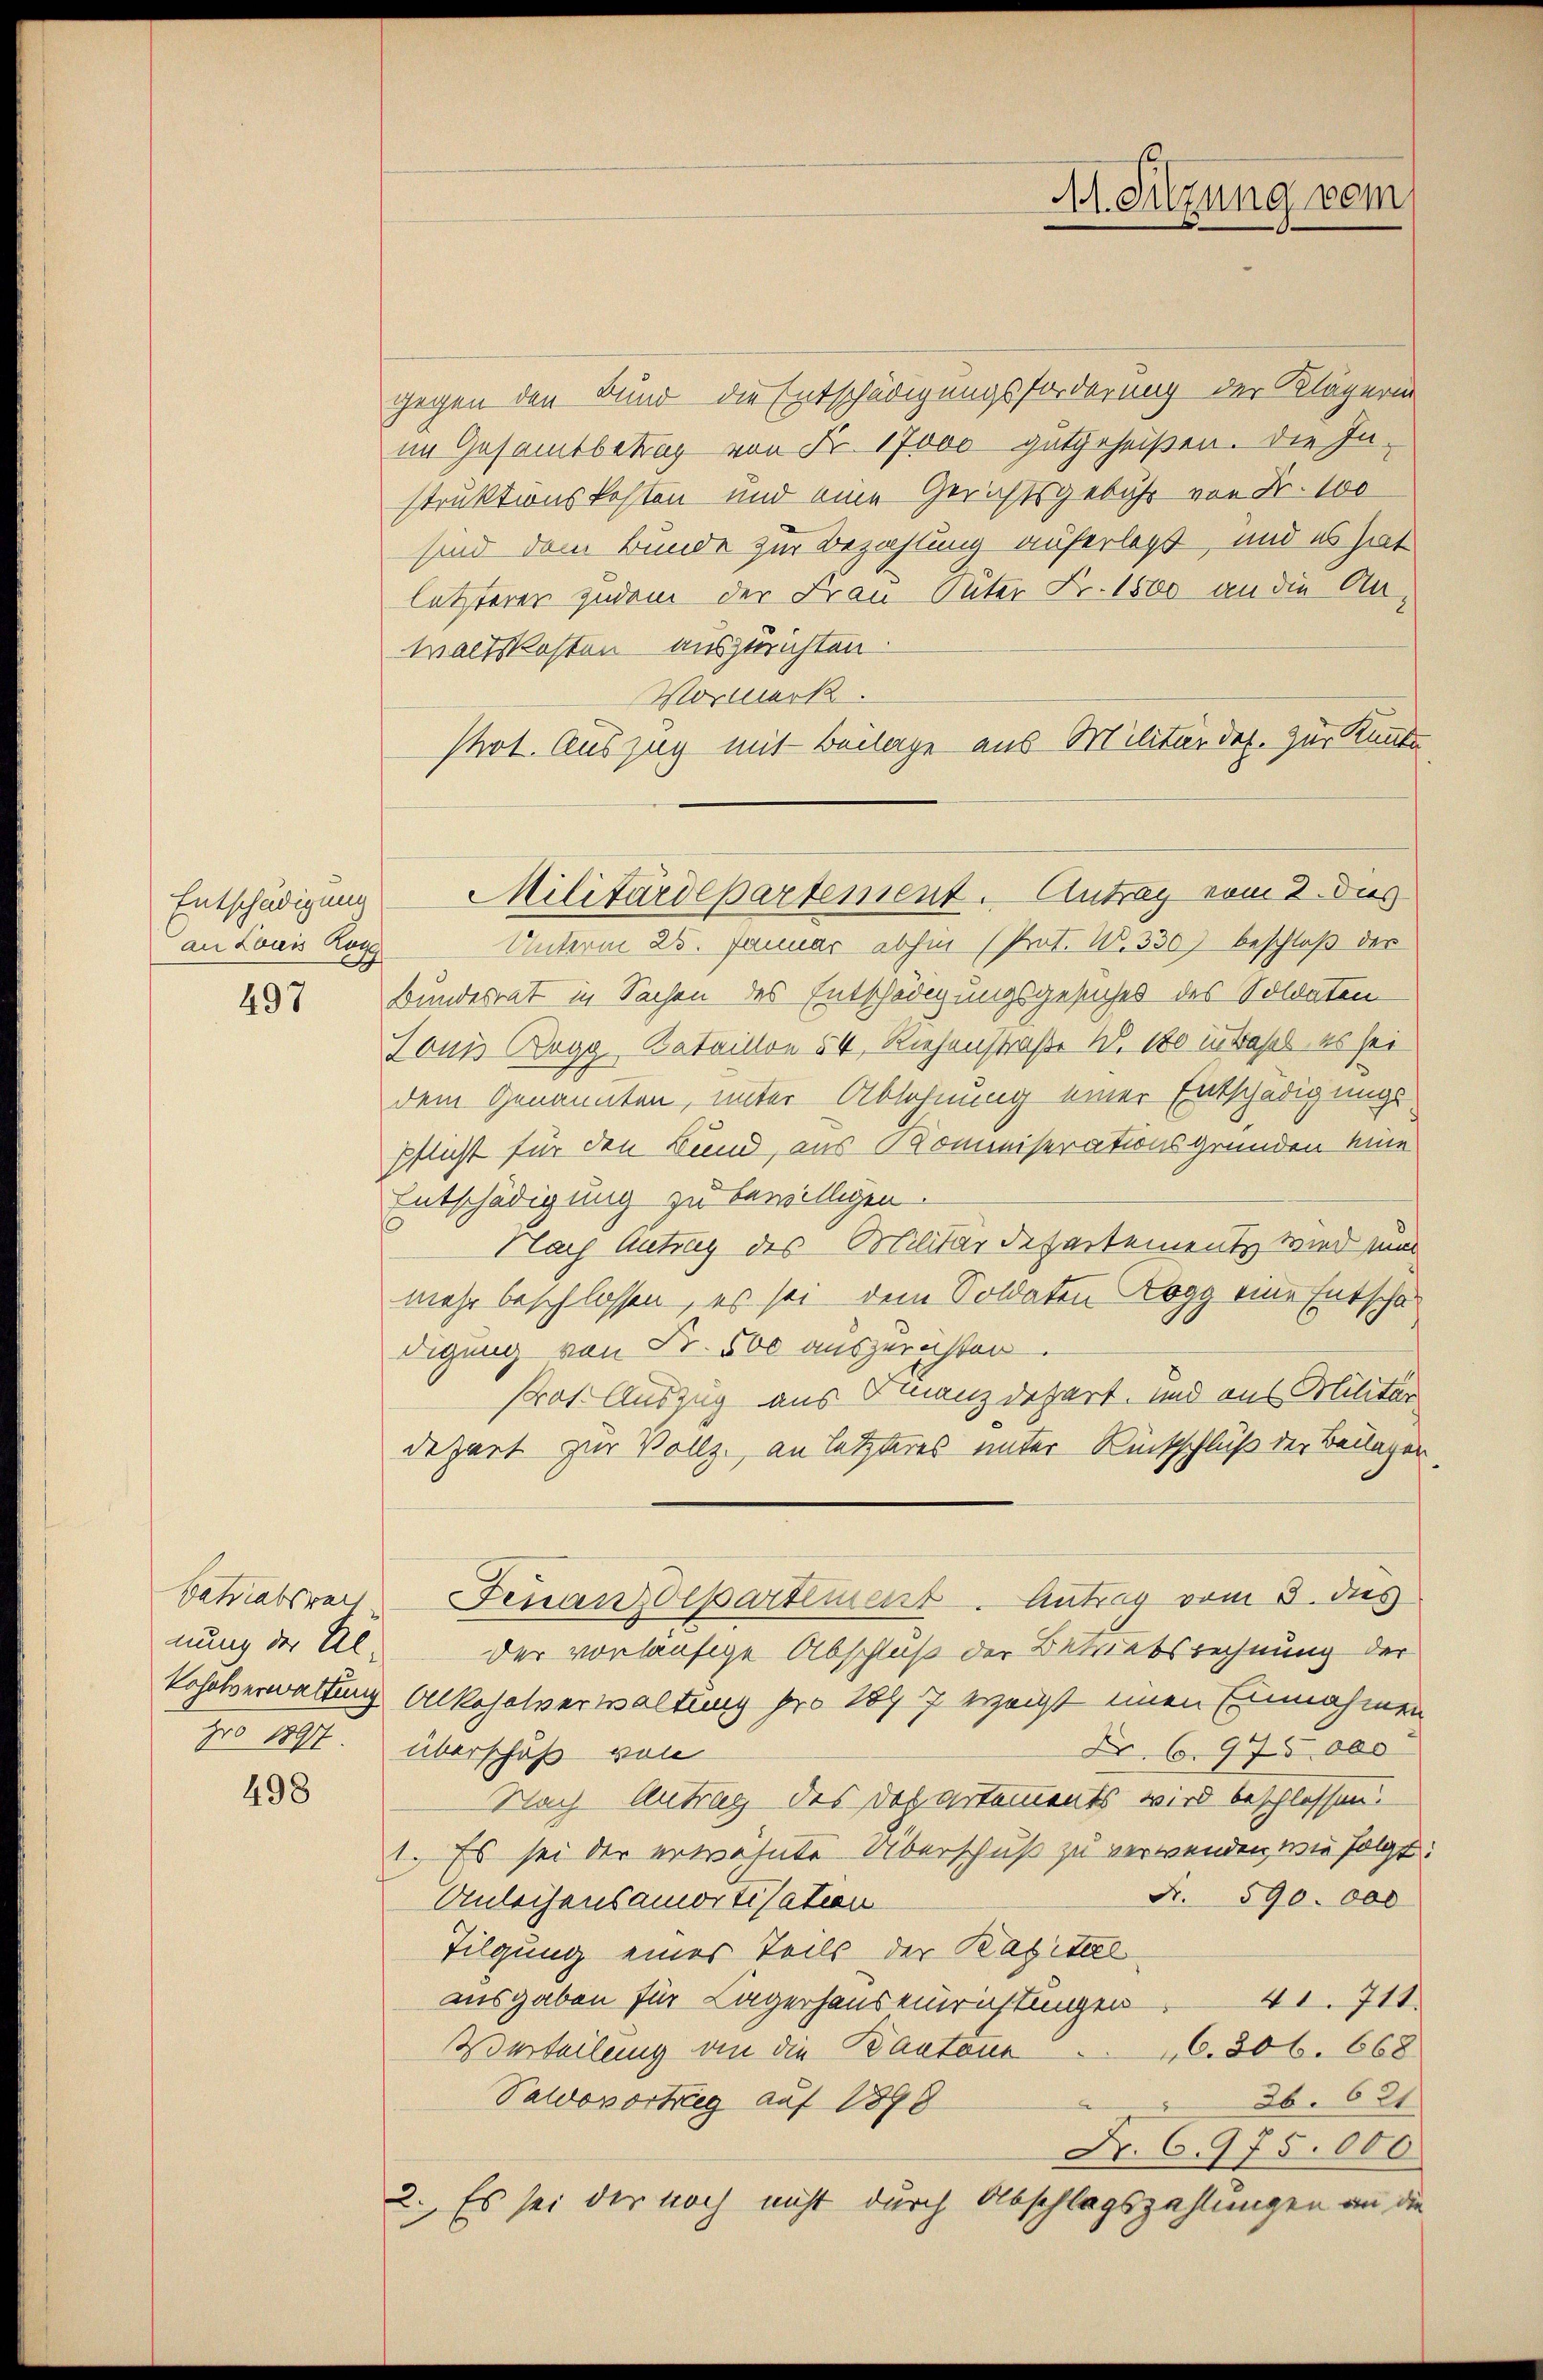
an Louis Rogg

497

Batriabsrech
nung der Al

498

gegen den Bund die Entschädigungsforderung der Klägerin
im Gesamtbetrag von Fr. 17000 gutgeheißen. Die In-
struktionskosten und eine Gerichtsgebühr von Fr. 100
sind dem Bunde zur Bezahlung auferlegt, und es hat
letzterer zudem der Frau Pater Fr. 1800 an die An-
waltskosten auszurichten.
Unterm 25. Januar abhin (Prot. N. 330) beschloß der
Bundesrat in Sachen des Entschädigungsgesuches des Soldaten
Soni Rogg Kataillon 54, Riehenstraße Nr. 100 in Basel es sei
dem Genannten, unter Ablehnung einer Entschädigungs-
pflicht für den Bund, aus Kommiserationsgründen eine
Entschädigung zu bewilligen.
Nach Antrag des Mobilitärdepartement wird sind
mehr beschlossen, es sei dem Soldaten Rogg eine Entschadigung von Fr. 500 auszurichten.
Prof. Auszug aus Finanzdepart, und aus Militär
dezart zur Vollz, an letzteres unter Rückschluß der Beilagen
Finanzdepartement. Antrag vom 3. dies
der vorläufige Abschluß der Betriebsrechnung der
koholverwaltung Alkoholverwaltung pro 1877 erzeigt einen Einnahmen
pro 1897. überschuß von
Nr 6. 975.000
Nach Antrag des Doch artements wird beschlossen.
1. Es sei der erwähnte Überschuß zu verwenden, wie folgt:
A. 590. 000
Anleihensamortisation
Tilgung eines Teils der Kapital
ausgaben für Lagerhauseinrichtungen 41. 711
Verteilung an die Bantone
6. 206. 668
Pawovortrag auf 1898
26. 621
Nr. 6975.000
2. Es sei der noch nicht durch Abschlagszahlungen an die

Vormerk.
Ptot. Auszug mit Beilage aus Militärdep. zur Kannte
Entschädigung Militärdepartement. Antrag vom 2. dies

Mt. Sitzung vom